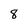
Character: 8